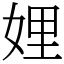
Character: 娌